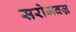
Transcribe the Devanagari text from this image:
सरोजवज्र